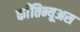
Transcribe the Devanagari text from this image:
काँतिन्यूअस